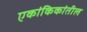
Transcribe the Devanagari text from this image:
एकांकिकांतील